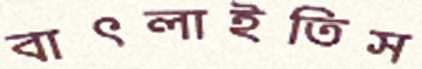
বাৎলাইতিস